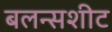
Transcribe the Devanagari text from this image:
बलन्सशीट